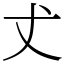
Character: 𠀋